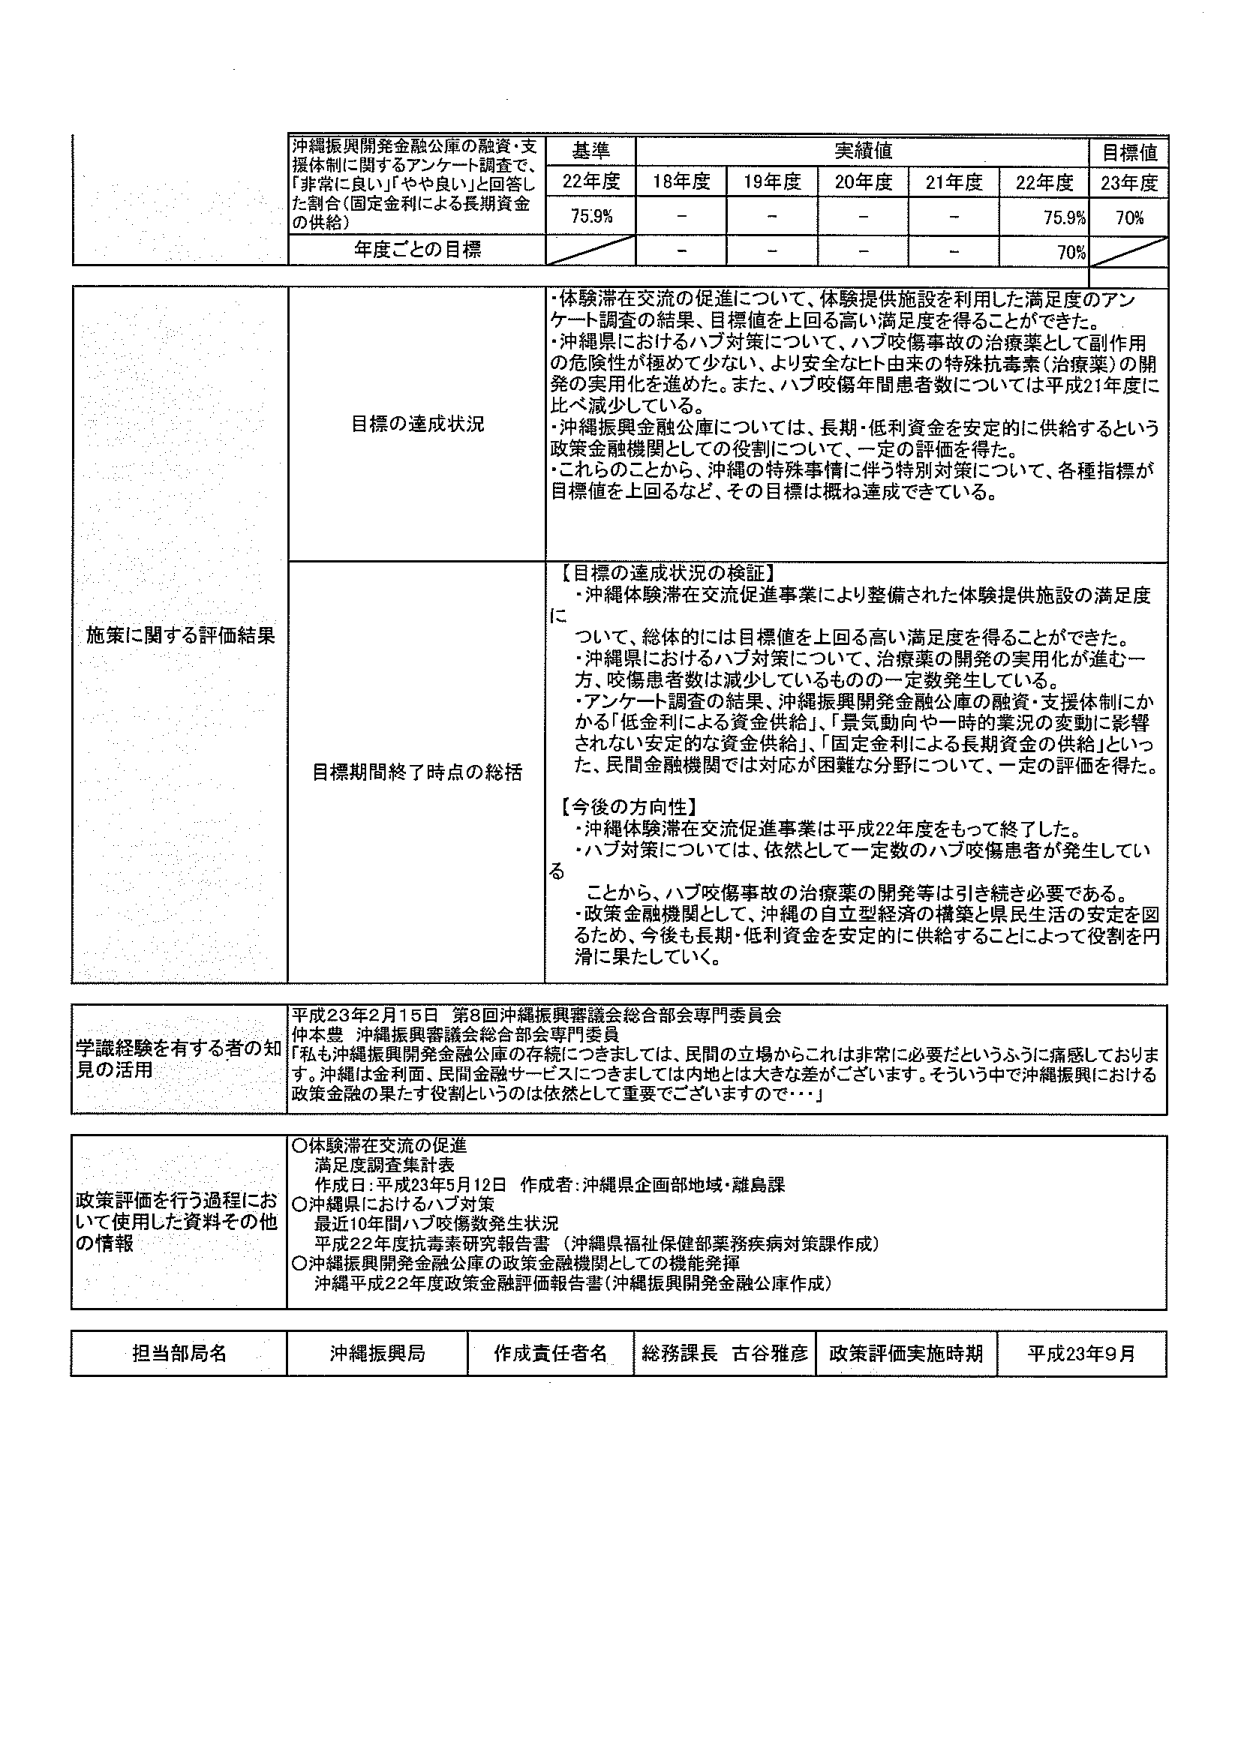
沖縄振興開発金融公庫の融資・支援体制に関するアンケート調査で、「非常に良い」「やや良い」と回答した割合（固定金利による長期資金の供給）

基準
22年度
75.9%

実績値
18年度
-
19年度
-
20年度
-
21年度
-
22年度
75.9%

目標値
23年度
70%

年度ごとの目標
-
-
-
-
70%

施策に関する評価結果

目標の達成状況
・体験滞在交流の促進について、体験提供施設を利用した満足度のアンケート調査の結果、目標値を上回る高い満足度を得ることができた。
・沖縄県におけるハブ対策について、ハブ咬傷事故の治療薬として副作用の危険性が極めて少ない、より安全なヒト由来の特殊抗毒素（治療薬）の開発の実用化を進めた。また、ハブ咬傷年間患者数については平成21年度に比べ減少している。
・沖縄振興開発金融公庫については、長期・低利資金を安定的に供給するという政策金融機関としての役割について、一定の評価を得た。
・これらのことから、沖縄の特殊事情に伴う特別対策について、各種指標が目標値を上回るなど、その目標は概ね達成できている。

目標期間終了時点の総括
【目標の達成状況の検証】
・沖縄体験滞在交流促進事業により整備された体験提供施設の満足度について、総体的には目標値を上回る高い満足度を得ることができた。
・沖縄県におけるハブ対策について、治療薬の開発の実用化が進む一方、咬傷患者数は減少しているものの一定数発生している。
・アンケート調査の結果、沖縄振興開発金融公庫の融資・支援体制にかかる「低金利による資金供給」、「景気動向や一時的業況の変動に影響されない安定的な資金供給」、「固定金利による長期資金の供給」といった、民間金融機関では対応が困難な分野について、一定の評価を得た。

【今後の方向性】
・沖縄体験滞在交流促進事業は平成22年度をもって終了した。
・ハブ対策については、依然として一定数のハブ咬傷患者が発生していることから、ハブ咬傷事故の治療薬の開発等は引き続き必要である。
・政策金融機関として、沖縄の自立型経済の構築と県民生活の安定を図るため、今後も長期・低利資金を安定的に供給することによって役割を円滑に果たしていく。

学識経験を有する者の知見の活用
平成23年2月15日 第8回沖縄振興審議会総合部会専門委員会
仲本豊 沖縄振興審議会総合部会専門委員
「私も沖縄振興開発金融公庫の存続につきましては、民間の立場からこれは非常に必要だというふうに痛感しております。沖縄は金利面、民間金融サービスにつきましては内地とは大きな差がございます。そういう中で沖縄振興における政策金融の果たす役割というのは依然として重要でございますので…」

政策評価を行う過程において使用した資料その他 の情報
○体験滞在交流の促進
満足度調査集計表
作成日：平成23年5月12日 作成者：沖縄県企画部地域・離島課
○沖縄県におけるハブ対策
最近10年間ハブ咬傷数発生状況
平成22年度抗毒素研究報告書（沖縄県福祉保健部業務疾病対策課作成）
○沖縄振興開発金融公庫の政策金融機関としての機能発揮
沖縄平成22年度政策金融評価報告書（沖縄振興開発金融公庫作成）

担当部局名
沖縄振興局

作成責任者名
総務課長 古谷雅彦

政策評価実施時期
平成23年9月